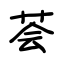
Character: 荟